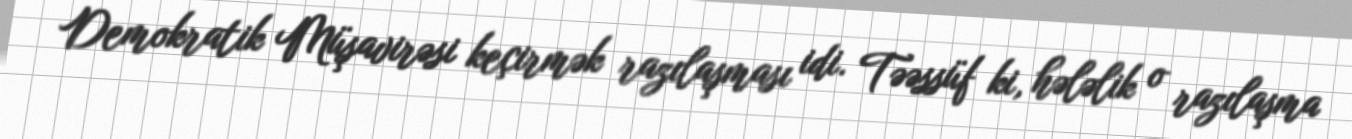
Demokratik Müşavirəsi keçirmək razılaşması idi. Təəssüf ki, hələlik o razılaşma